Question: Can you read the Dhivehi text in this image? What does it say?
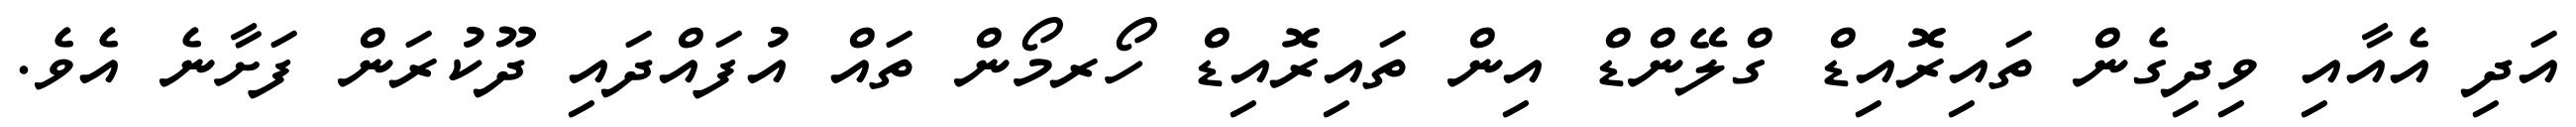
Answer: އަދި އެއާއި ވިދިގެން ތައިރޮއިޑް ގްލޭންޑް އިން ތައިރޮއިޑް ހޯރމޯން ތައް އުފައްދައި ދޫކުރަން ފަށާނެ އެވެ.